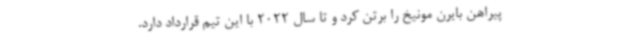
پیراهن بایرن مونیخ را برتن کرد و تا سال 2022 با این تیم قرارداد دارد.